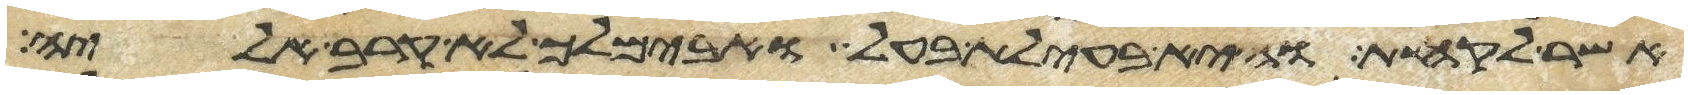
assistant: אשר לקחת והיא בעילת בעל ואבימלך לא קרב אליה